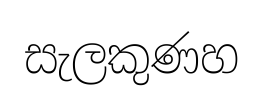
සැලකුණහ